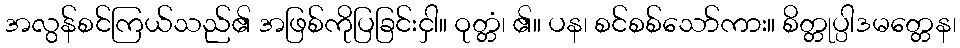
အလွန်စင်ကြယ်သည်၏ အဖြစ်ကိုပြခြင်းငှါ။ ဝုတ္တံ၊ ၏။ ပန၊ စင်စစ်သော်ကား။ စိတ္တုပ္ပါဒမတ္တေန၊